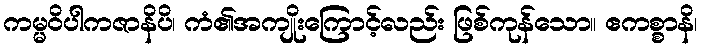
ကမ္မဝိပါကဇာနိပိ၊ ကံ၏အကျိုးကြောင့်လည်း ဖြစ်ကုန်သော။ ဧကစ္စာနိ၊